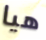
هيا